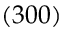
( 3 0 0 )